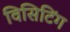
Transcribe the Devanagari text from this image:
विसिटिंग